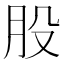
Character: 股